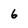
Character: 6